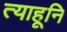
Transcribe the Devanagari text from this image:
त्याहूनि